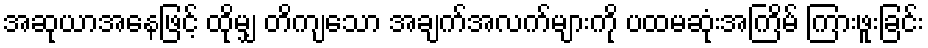
အဆုယာအနေဖြင့် ထိုမျှ တိကျသော အချက်အလက်များကို ပထမဆုံးအကြိမ် ကြားဖူးခြင်း